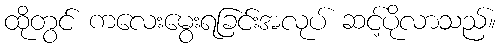
ထိုတွင် ကလေးမွေးရခြင်းအလုပ် ဆင့်ပိုလာသည်။